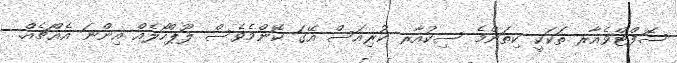
ސޮފްޓްވެއާރ ތަކަކީ ކިތަންމެ ސިކުއާރ ކުރިއަސް އޭގަ ކޮންމެވެސް ލޫޕްހޯލެއް އިންނަ އެއްޗެއް.